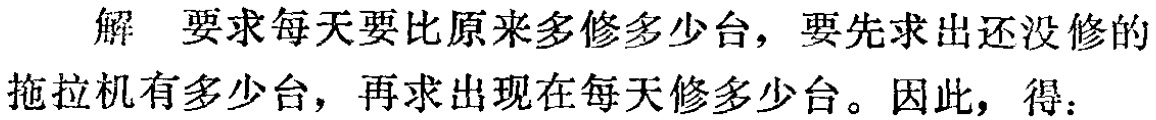
解 要求每天要比原来多修多少台，要先求出还没修的拖拉机有多少台，再求出现在每天修多少台。因此，得：